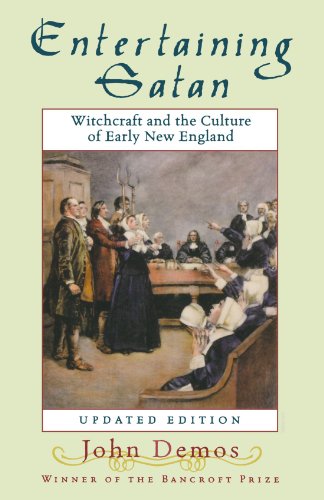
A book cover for Entertaining Satan: Witchcraft and the Culture of Early New England; John Putnam Demos; Religion & Spirituality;